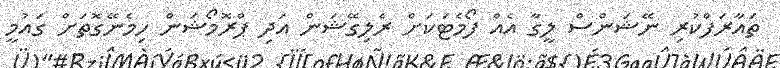
ތައާރަފްކުރި ނޭޝަންސް ލީގާ އެއް ފޯމެޓަކަށް ރެލިގޭޝަން އަދި ޕްރޮމޯޝަން ހިމެނޭގޮތަށް ގައުމީ